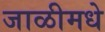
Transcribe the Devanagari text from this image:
जाळीमधे